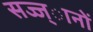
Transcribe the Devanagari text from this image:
सज्ज्ानों